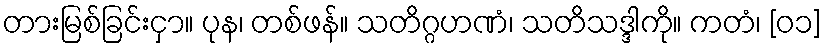
တားမြစ်ခြင်းငှာ။ ပုန၊ တစ်ဖန်။ သတိဂ္ဂဟဏံ၊ သတိသဒ္ဒါကို။ ကတံ၊ [၀၁]